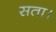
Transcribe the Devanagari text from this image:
सता।